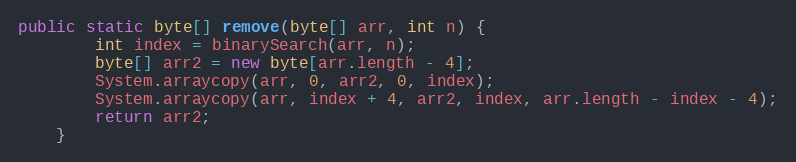
Language: Java
public static byte[] remove(byte[] arr, int n) {
        int index = binarySearch(arr, n);
        byte[] arr2 = new byte[arr.length - 4];
        System.arraycopy(arr, 0, arr2, 0, index);
        System.arraycopy(arr, index + 4, arr2, index, arr.length - index - 4);
        return arr2;
    }